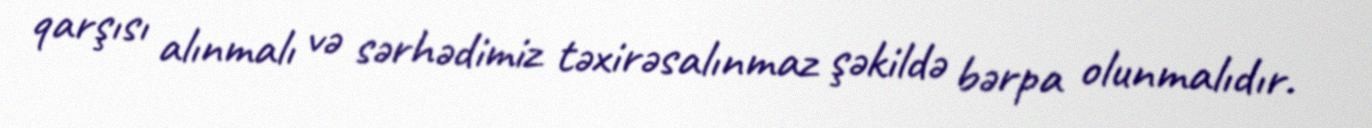
qarşısı alınmalı və sərhədimiz təxirəsalınmaz şəkildə bərpa olunmalıdır.